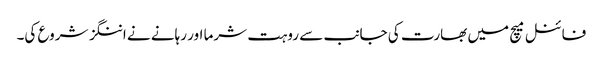
فائنل میچ میں بھارت کی جانب سے روہت شرما اور رہانے نے اننگز شروع کی۔